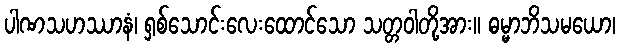
ပါဏသဟဿာနံ၊ ရှစ်သောင်းလေးထောင်သော သတ္တဝါတို့အား။ ဓမ္မာဘိသမယော၊